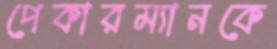
পেকারম্যানকে